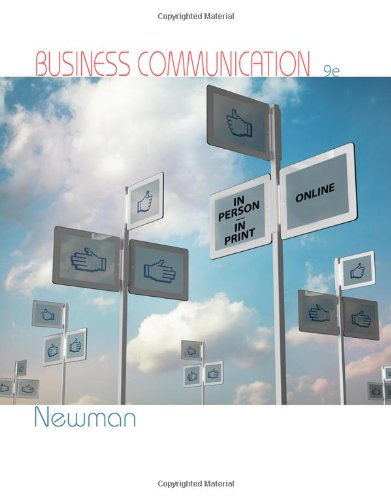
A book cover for Business Communication: In Person, In Print, Online; Amy Newman; Business & Money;